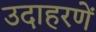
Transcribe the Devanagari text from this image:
उदाहरणें